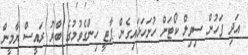
އަދި ފަހުން ސިވިލް ކޯޓަށް ހުށަހަޅައިގެން ޕާޓީ ހިންގެވުމުގެ ބާރު ރައީސް ޔާމީން